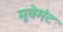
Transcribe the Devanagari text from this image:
मूवेमंट